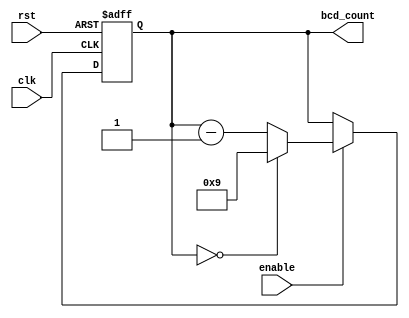
module BCD_Down_Counter (
    input wire clk,
    input wire rst,
    input wire enable,
    output reg [3:0] bcd_count
);

always @ (posedge clk or posedge rst) begin
    if (rst) begin
        bcd_count <= 4'h9;
    end else begin
        if (enable) begin
            if (bcd_count == 4'h0) begin
                bcd_count <= 4'h9;
            end else begin
                bcd_count <= bcd_count - 1;
            end
        end
    end
end

endmodule